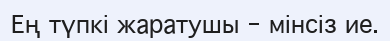
Ең түпкі жаратушы - мінсіз ие.